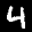
Label: 4